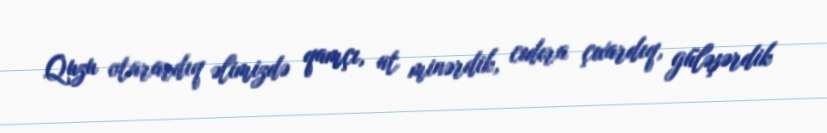
Quzu otarardıq əlimizdə qamçı, at minərdik, cıdıra çıxardıq, güləşərdik